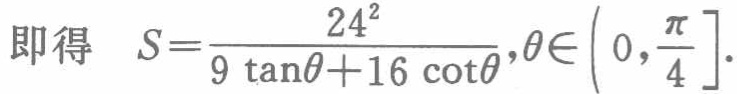
即得 \(S = \frac{24^{2}}{9\tan\theta + 16\cot\theta},\theta\in\left(0,\frac{\pi}{4}\right]\).